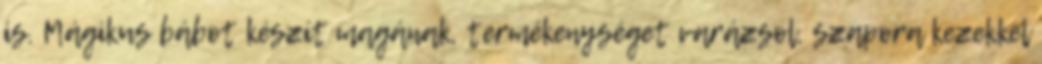
is. Mágikus bábot készít magának, termékenységet varázsol, szapora kezekkel